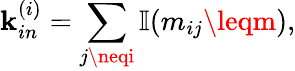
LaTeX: \mathbf{k}_{in}^{(i)}=\sum_{j\neqi}\mathbb{{I}}(m_{ij}\leqm),